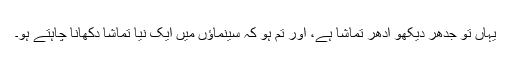
یہاں تو جدھر دیکھو ادھر تماشا ہے، اور تم ہو کہ سینماؤں میں ایک نیا تماشا دکھانا چاہتے ہو۔